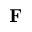
\mathbf { F }